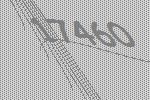
17460